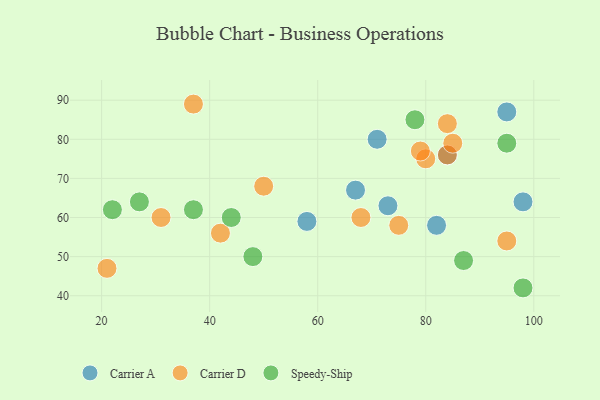
{"axis": {"x": "GDP", "y": "Life Expectancy"}, "legend": ["Carrier A", "Carrier D", "Speedy-Ship"], "data": [{"x": "71", "y": 80, "type": "Carrier A"}, {"x": "82", "y": 58, "type": "Carrier A"}, {"x": "98", "y": 64, "type": "Carrier A"}, {"x": "95", "y": 87, "type": "Carrier A"}, {"x": "58", "y": 59, "type": "Carrier A"}, {"x": "73", "y": 63, "type": "Carrier A"}, {"x": "84", "y": 76, "type": "Carrier A"}, {"x": "67", "y": 67, "type": "Carrier A"}, {"x": "31", "y": 60, "type": "Carrier D"}, {"x": "80", "y": 75, "type": "Carrier D"}, {"x": "68", "y": 60, "type": "Carrier D"}, {"x": "84", "y": 76, "type": "Carrier D"}, {"x": "37", "y": 89, "type": "Carrier D"}, {"x": "95", "y": 54, "type": "Carrier D"}, {"x": "21", "y": 47, "type": "Carrier D"}, {"x": "50", "y": 68, "type": "Carrier D"}, {"x": "75", "y": 58, "type": "Carrier D"}, {"x": "85", "y": 79, "type": "Carrier D"}, {"x": "79", "y": 77, "type": "Carrier D"}, {"x": "42", "y": 56, "type": "Carrier D"}, {"x": "84", "y": 84, "type": "Carrier D"}, {"x": "44", "y": 60, "type": "Speedy-Ship"}, {"x": "27", "y": 64, "type": "Speedy-Ship"}, {"x": "95", "y": 79, "type": "Speedy-Ship"}, {"x": "78", "y": 85, "type": "Speedy-Ship"}, {"x": "37", "y": 62, "type": "Speedy-Ship"}, {"x": "22", "y": 62, "type": "Speedy-Ship"}, {"x": "87", "y": 49, "type": "Speedy-Ship"}, {"x": "48", "y": 50, "type": "Speedy-Ship"}, {"x": "98", "y": 42, "type": "Speedy-Ship"}]}